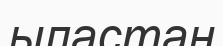
ыластан